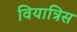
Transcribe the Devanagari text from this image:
वियात्रिस